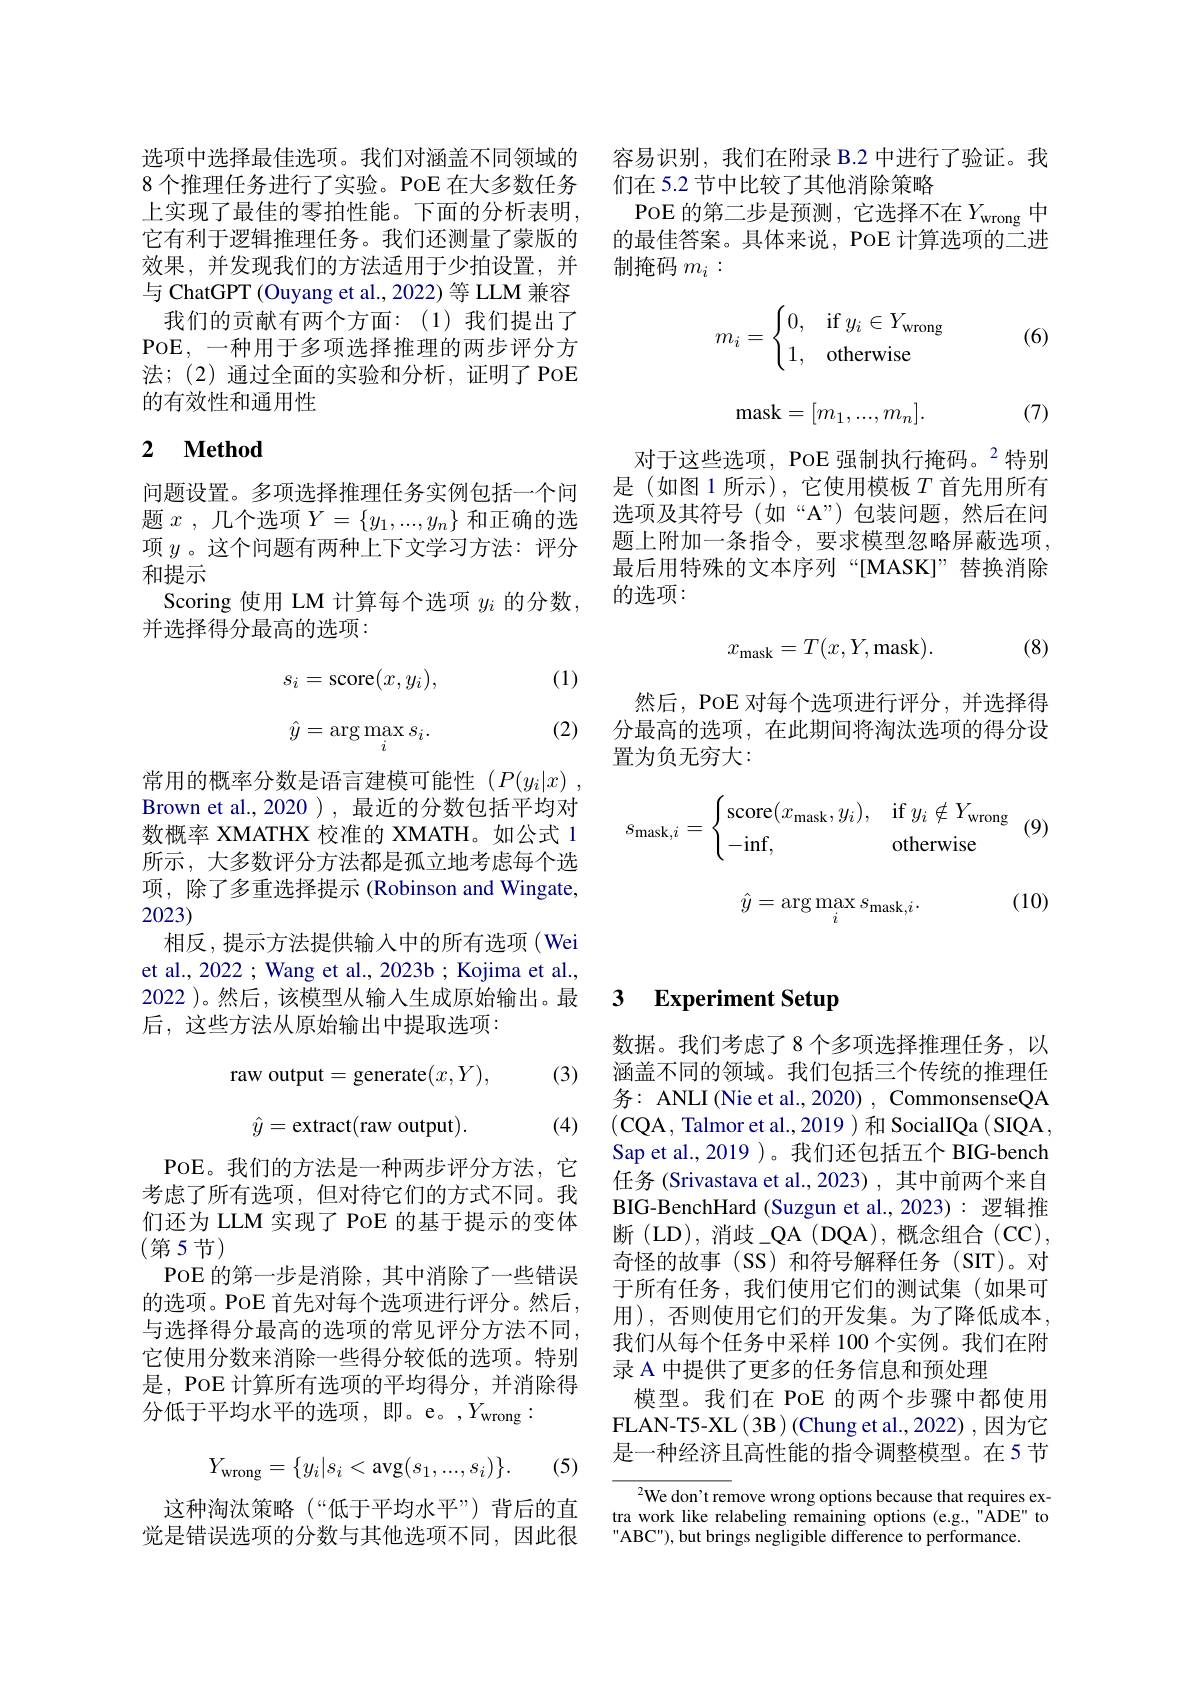
选项中选择最佳选项。我们对涵盖不同领域的8 个推理任务进行了实验。POE 在大多数任务上实现了最佳的零拍性能。下面的分析表明， 它有利于逻辑推理任务。我们还测量了蒙版的效果，并发现我们的方法适用于少拍设置，并与 ChatGPT (Ouyang et al., 2022) 等 LLM 兼容我们的贡献有两个方面：(1)我们提出了
POE, 一种用于多项选择推理的两步评分方法；(2)通过全面的实验和分析，证明了PoE 的有效性和通用性

### 2 $\textbf{Method}$

问题设置。多项选择推理任务实例包括一个问题$x$ , 几个选项$Y=\{y_1,...,y_n\}$和正确的选项$y$。这个问题有两种上下文学习方法：评分和提示
Scoring 使用 LM 计算每个选项$y_i$的分数，
并选择得分最高的选项：

(1)
$$s_{i}=\operatorname{score}(x,y_{i}),\\\hat{y}=\arg\max_{i}s_{i}.$$
(2)

常用的概率分数是语言建模可能性($P(y_i|x)$ Brown et al.,2020 ), 最近的分数包括平均对数概率 XMATHX 校准的 XMATH。如公式 1所示，大多数评分方法都是孤立地考虑每个选项，除了多重选择提示 (Robinson and Wingate, 2023)
相反，提示方法提供输入中的所有选项(Wei et al., 2022; Wang et al., 2023b ; Kojima et al., 2022 )。然后，该模型从输入生成原始输出。最后，这些方法从原始输出中提取选项：

(3)
$$\mathrm{raw~output}=\mathrm{generate}(x,Y),$$
$$\hat{y}=\text{extract}(\text{raw output}).$$
(4)

POE。我们的方法是一种两步评分方法，它考虑了所有选项，但对待它们的方式不同。我们还为 LLM 实现了 PoE 的基于提示的变体(第5节)
PoE 的第一步是消除，其中消除了一些错误的选项。PoE 首先对每个选项进行评分。然后， 与选择得分最高的选项的常见评分方法不同， 它使用分数来消除一些得分较低的选项。特别是，POE 计算所有选项的平均得分，并消除得分低于平均水平的选项，即。e。,$Y_\mathrm{wrong}:$
$$Y_{\mathrm{wrong}}=\{y_i|s_i<\mathrm{avg}(s_1,...,s_i)\}.$$
(5)

这种淘汰策略(“低于平均水平”)背后的直觉是错误选项的分数与其他选项不同，因此很

容易识别，我们在附录 B.2 中进行了验证。我
们在 5.2 节中比较了其他消除策略
POE 的第二步是预测，它选择不在$Y_\mathrm{wrong}$中的最佳答案。具体来说，PoE 计算选项的二进制掩码$m_i:$

(6)
$$m_i=\begin{cases}0,&\text{if}y_i\in Y_\text{wrong}\\1,&\text{otherwise}\end{cases}$$
$$\text{mask}=[m_1,...,m_n].$$
(7)

对于这些选项，PoE 强制执行掩码。$^{2}$特别是(如图1所示),它使用模板$T$首先用所有选项及其符号(如“A”)包装问题，然后在问题上附加一条指令，要求模型忽略屏蔽选项， 最后用特殊的文本序列“[MASK]”替换消除的选项：
$$x_{\mathrm{mask}}=T(x,Y,\mathrm{mask}).$$
(8)

然后，POE 对每个选项进行评分，并选择得分最高的选项，在此期间将淘汰选项的得分设置为负无穷大：
$$s_{\text{mask},i}=\begin{cases}\text{score}(x_\text{mask},y_i),&\text{if}y_i\notin Y_\text{wrong}\\-\text{inf},&\text{otherwise}\end{cases}$$
(10)
$$\hat{y}=\arg\max_{i}s_{\mathrm{mask},i}.$$
## 3 $\textbf{Experiment Setup}$

数据。我们考虑了8 个多项选择推理任务，以涵盖不同的领域。我们包括三个传统的推理任务：ANLI (Nie et al., 2020) , CommonsenseQA (CQA, Talmor et al., 2019) 和 SocialIQa( SIQA, Sap et al.,2019 )。我们还包括五个 BIG-bench 任务 (Srivastava et al.,2023),其中前两个来自BIG-BenchHard (Suzgun et al.,2023):逻辑推断 (LD), 消歧\_QA (DQA), 概念组合 (CC), 奇怪的故事(SS)和符号解释任务(SIT)。对于所有任务，我们使用它们的测试集(如果可用), 否则使用它们的开发集。为了降低成本， 我们从每个任务中采样 100 个实例。我们在附录 A 中提供了更多的任务信息和预处理
模型。我们在 PoE 的两个步骤中都使用FLAN-T5-XL(3B)(Chung et al.,2022),因为它是一种经济且高性能的指令调整模型。在5节

$\begin{array}{c}{{{{{{^{2}}\text{We don't remove wrong options because that requires ex-}}}}}\\{{{{\text{tra work like relabeling remaining options (e.g.,"ADE" to}}}}}\end{array}}$
ABC"), but brings negligible difference to performance.